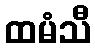
ထမံသီ